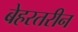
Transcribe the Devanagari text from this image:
बेहरतरीन